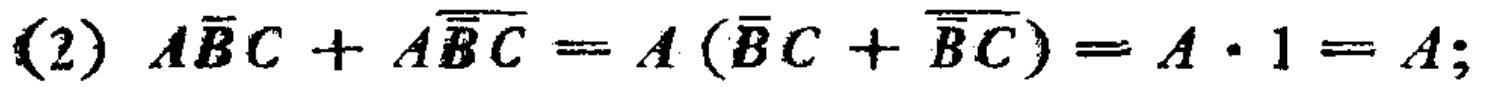
(2) \(A\overline{B}C + A\overline{\overline{B}C}=A(\overline{B}C+\overline{\overline{B}C}) = A\cdot1 = A;\)